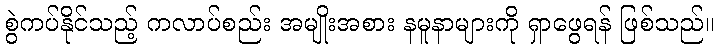
စွဲကပ်နိုင်သည့် ကလာပ်စည်း အမျိုးအစား နမူနာများကို ရှာဖွေရန် ဖြစ်သည်။